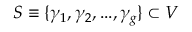
S \equiv \{ \gamma _ { 1 } , \gamma _ { 2 } , . . . , \gamma _ { g } \} \subset V